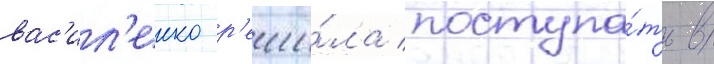
вас'ил'енко р'еши́ла поступа́ть в